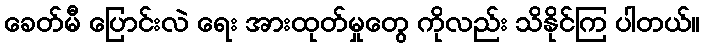
ခေတ်မီ ပြောင်းလဲ ရေး အားထုတ်မှုတွေ ကိုလည်း သိနိုင်ကြ ပါတယ်။